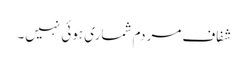
شفاف مردم شماری ہوئی نہیں۔